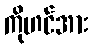
ကိုဟင်အား